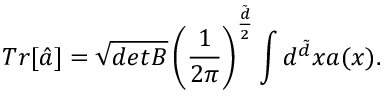
T r [ \hat { a } ] = \sqrt { d e t B } \left( \frac { 1 } { 2 \pi } \right) ^ { \frac { \tilde { d } } { 2 } } \int d ^ { \tilde { d } } x a ( x ) .